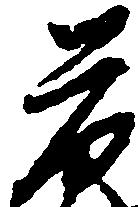
荷